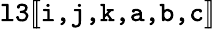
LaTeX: \texttt{l3}[\! [\texttt{i,j,k,a,b,c}]\! ]